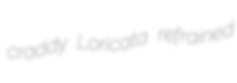
craddy Loricata refrained